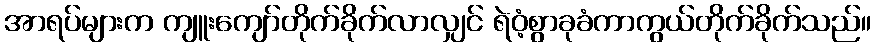
အာရပ်များက ကျူးကျော်တိုက်ခိုက်လာလျှင် ရဲဝံ့စွာခုခံကာကွယ်တိုက်ခိုက်သည်။